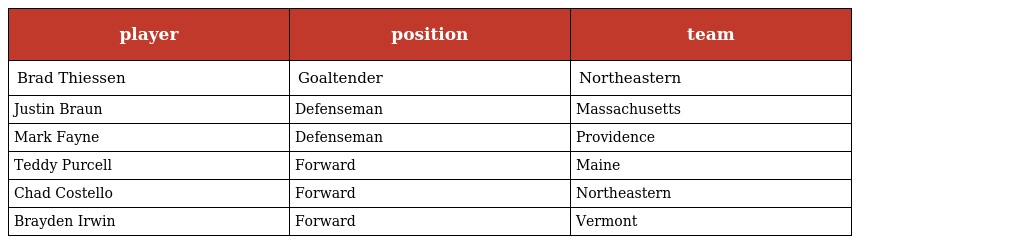
| player | position | team |
 | --- | --- | --- |
 | Brad Thiessen | Goaltender | Northeastern |
 | Justin Braun | Defenseman | Massachusetts |
 | Mark Fayne | Defenseman | Providence |
 | Teddy Purcell | Forward | Maine |
 | Chad Costello | Forward | Northeastern |
 | Brayden Irwin | Forward | Vermont |